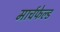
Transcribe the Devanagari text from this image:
मार्चफेल्ड